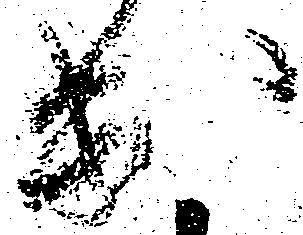
出